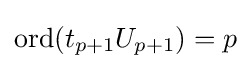
\mathrm {ord} (t_{p+1}U_{p+1})=p